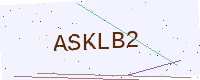
Text: ASKLB2